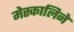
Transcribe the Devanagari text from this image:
मेस्कालिने